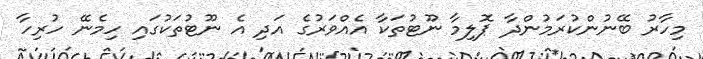
މިހާރު ބޭނުންކުރަމުންދާ ޕޮލިމާ ނޫޓުތަކާ އެއްވަރުގެ އަދި އެ ނޫޓުތަކުގައި ހިމެނޭ ހުރިހާ